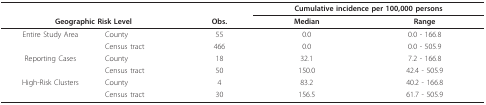
<table><thead><tr><td colspan="2"></td><td></td><td colspan="2"><b>Cumulative incidence per 100,000 persons</b></td></tr><tr><td colspan="2"><b>Geographic Risk Level</b></td><td><b>Obs.</b></td><td><b>Median</b></td><td><b>Range</b></td></tr></thead><tbody><tr><td>Entire Study Area</td><td>County</td><td>55</td><td>0.0</td><td>0.0 - 166.8</td></tr><tr><td></td><td>Census tract</td><td>466</td><td>0.0</td><td>0.0 - 505.9</td></tr><tr><td>Reporting Cases</td><td>County</td><td>18</td><td>32.1</td><td>7.2 - 166.8</td></tr><tr><td></td><td>Census tract</td><td>50</td><td>150.0</td><td>42.4 - 505.9</td></tr><tr><td>High-Risk Clusters</td><td>County</td><td>4</td><td>83.2</td><td>40.2 - 166.8</td></tr><tr><td></td><td>Census tract</td><td>30</td><td>156.5</td><td>61.7 - 505.9</td></tr></tbody></table>